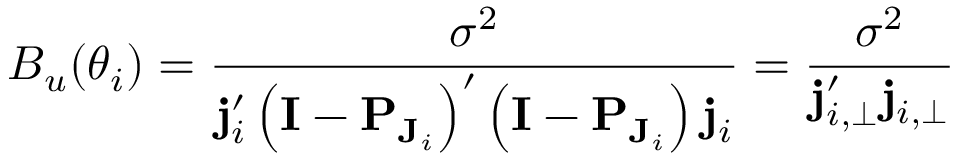
B _ { u } ( \boldsymbol \theta _ { i } ) = \frac { \sigma ^ { 2 } } { \mathbf { j } _ { i } ^ { \prime } \left( \mathbf { I } - \mathbf { P } _ { \mathbf { J } _ { i } } \right) ^ { \prime } \left( \mathbf { I } - \mathbf { P } _ { \mathbf { J } _ { i } } \right) \mathbf { j } _ { i } } = \frac { \sigma ^ { 2 } } { \mathbf { j } _ { i , \perp } ^ { \prime } \mathbf { j } _ { i , \perp } }